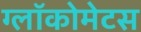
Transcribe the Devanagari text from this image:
ग्लॉकोमेटस